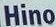
Hino